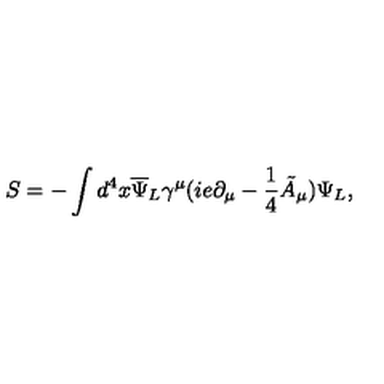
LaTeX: S = - \int d ^ { 4 } x { \overline { { \Psi } } _ { L } } \gamma ^ { \mu } ( i e \partial _ { \mu } - \frac { 1 } { 4 } { \tilde { A } } _ { \mu } ) \Psi _ { L } ,